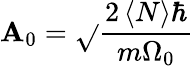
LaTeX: \mathbf{A}_{0}=\sqrt{}{{\frac{{2\left<N\right>\hbar}}{{m\Omega_{0}}}}}